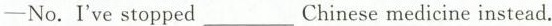
—No. I've stopped___Chinese medicine instead.